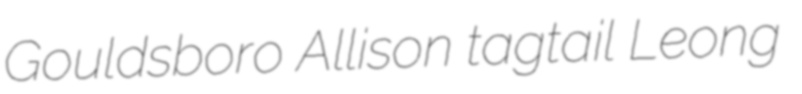
Gouldsboro Allison tagtail Leong